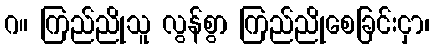
ဂ။ ကြည်ညိုသူ လွန်စွာ ကြည်ညိုစေခြင်းငှာ၊